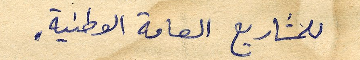
للمشاريع العامة الوطنية.